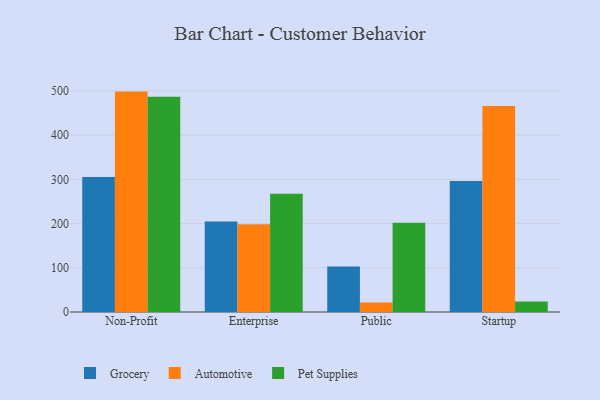
{"axis": {"x": "Segment", "y": "Humidity (%)"}, "legend": ["Automotive", "Grocery", "Pet Supplies"], "data": [{"x": "Non-Profit", "y": 305.6, "type": "Grocery"}, {"x": "Non-Profit", "y": 498.5, "type": "Automotive"}, {"x": "Non-Profit", "y": 487.1, "type": "Pet Supplies"}, {"x": "Enterprise", "y": 204.9, "type": "Grocery"}, {"x": "Enterprise", "y": 198.3, "type": "Automotive"}, {"x": "Enterprise", "y": 267.5, "type": "Pet Supplies"}, {"x": "Public", "y": 102.8, "type": "Grocery"}, {"x": "Public", "y": 21.7, "type": "Automotive"}, {"x": "Public", "y": 201.6, "type": "Pet Supplies"}, {"x": "Startup", "y": 296.1, "type": "Grocery"}, {"x": "Startup", "y": 466.1, "type": "Automotive"}, {"x": "Startup", "y": 23.9, "type": "Pet Supplies"}]}